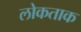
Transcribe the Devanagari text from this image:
लोकताक